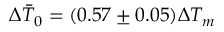
\Delta \bar { T } _ { 0 } = ( 0 . 5 7 \pm 0 . 0 5 ) \Delta T _ { m }